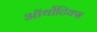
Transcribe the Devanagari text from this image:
ऑर्थोटिक्स